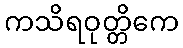
ကသိရဝုတ္တိကေ